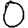
Digit: 0